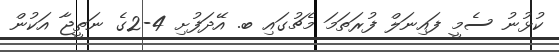
ކުޅުނު ސެމީ ފައިނަލް ފުރަތަމަ މެޗުގައި ބ. އޭދަފުށި 4-2ގެ ނަތީޖާ އަކުން